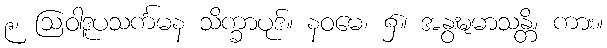
၉၊ ဩဝါဒူပသင်္ကမန သိက္ခာပုဒ်။ နဝမေ၊ ၌။ အနွဍ္ဎမာသန္တိ၊ ကား။